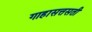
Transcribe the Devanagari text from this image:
गाहासत्तसती